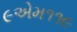
૯એમ૧૧૯